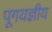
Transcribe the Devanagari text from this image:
पूगयज्ञीय